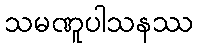
သမဏူပါသနဿ